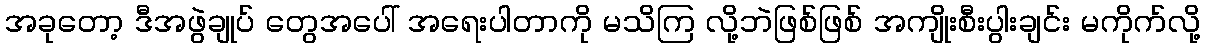
အခုတော့ ဒီအဖွဲချုပ် တွေအပေါ် အရေးပါတာကို မသိကြ လို့ဘဲဖြစ်ဖြစ် အကျိုးစီးပွါးချင်း မကိုက်လို့